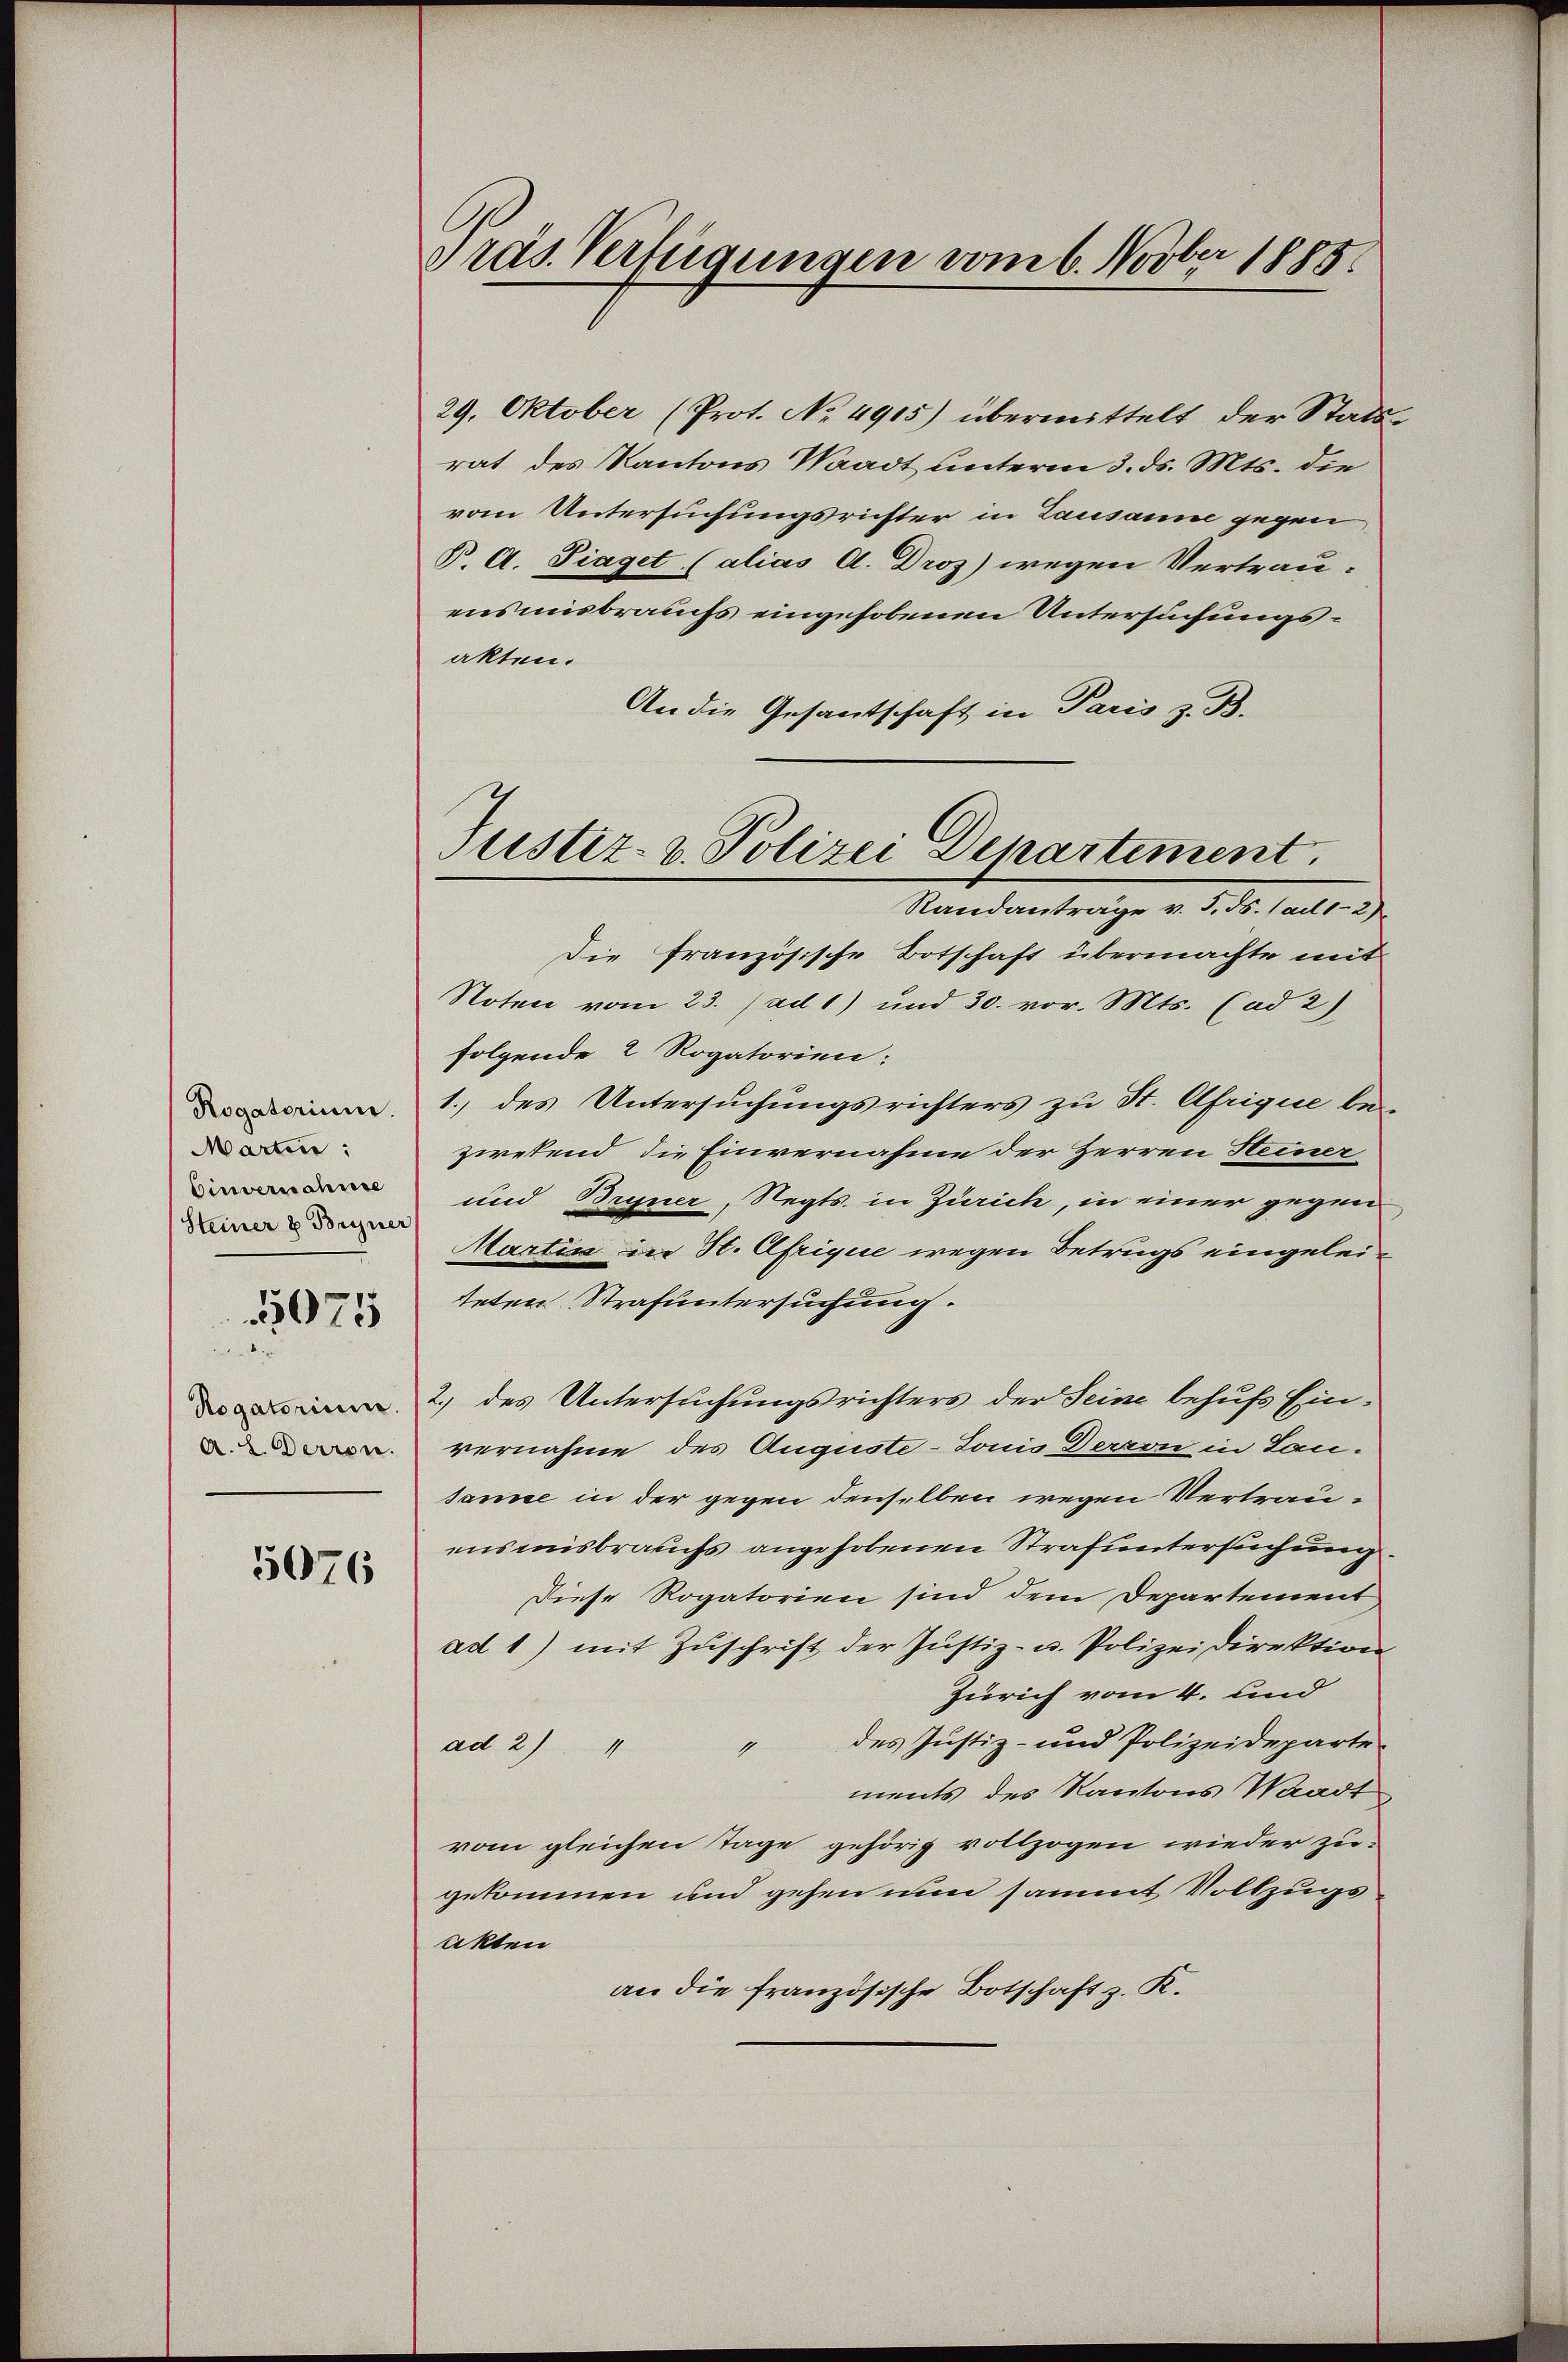
Rogatorium
Marten:
Einvernahmse
Steiner 8 Bühner

5075

Rogatorium
A. L. Derron.

5076

Präs. Verfügungen vom 6. Novber 1885

29. Oktober (Prot. No 4915) übermittelt der Statsrat des Kantons Waadt unterm 3. ds. Mts. die
vom Untersuchungsrichter in Lausanne gegen
B. A. Piaget (alias A. Droz) wegen Vertrau-
ensmisbrauchs eingehobenen Untersuchungsakten.
An die Gesantschaft in Paris z. B.
Die Französische Botschaft übermachte mit
Noten vom 23. (ad 1) und 30. vor. Mts. (ad 2)
folgende 2 Rogatorien:
1.) des Untersuchungsrichters zu St. Afrique bei
zwefend die Einvernahme der Herren Heiner
und Bryner, Segts in Zürich, in einer gegen
Martin in St. Afrique wegen Betrugs eingeleiteten Strafuntersuchung.
2.) des Untersuchungsrichters der Seine behufs Einvernahme des Auguste-Tonis Decron in Lansamee in der gegen denselben wegen Vertrauensmisbrauchs angehobenen Strafuntersuchung.
Diese Rogatorien sind dem Departement
ad 1) mit Zuschrift der Justiz- u. Polizeidirektion
Zürich vom 4. und
ad 2) " " des Jŭstiz- und Polizeideparte
ments des Kantons Waadt
vom gleichen Tage gehörig vollzogen wieder zugekommen und gehen nun sammt Vollzugs
Akten
an die französische Botschaft z. K.

Justiz- & Polizei Departement.
Randanträge v. 5. ds. (ad1-2)